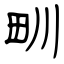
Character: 甽